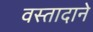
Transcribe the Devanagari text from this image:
वस्तादाने